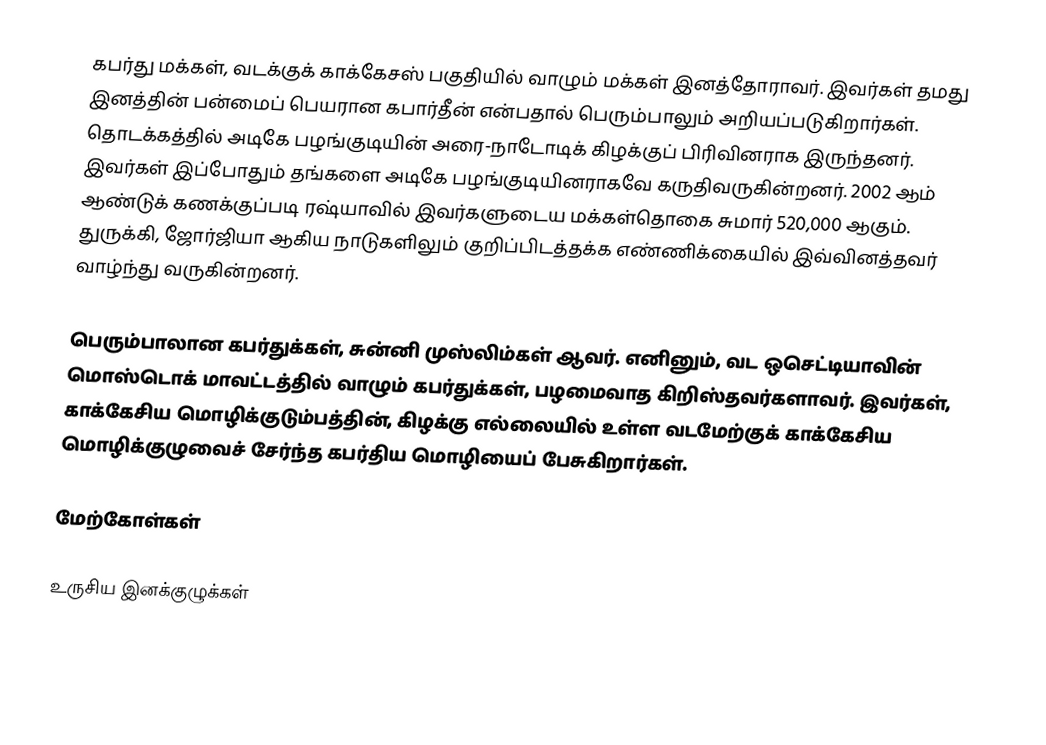
கபர்து மக்கள், வடக்குக் காக்கேசஸ் பகுதியில் வாழும் மக்கள் இனத்தோராவர். இவர்கள் தமது இனத்தின் பன்மைப் பெயரான கபார்தீன் என்பதால் பெரும்பாலும் அறியப்படுகிறார்கள். தொடக்கத்தில் அடிகே பழங்குடியின் அரை-நாடோடிக் கிழக்குப் பிரிவினராக இருந்தனர். இவர்கள் இப்போதும் தங்களை அடிகே பழங்குடியினராகவே கருதிவருகின்றனர். 2002 ஆம் ஆண்டுக் கணக்குப்படி ரஷ்யாவில் இவர்களுடைய மக்கள்தொகை சுமார் 520,000 ஆகும். துருக்கி, ஜோர்ஜியா ஆகிய நாடுகளிலும் குறிப்பிடத்தக்க எண்ணிக்கையில் இவ்வினத்தவர் வாழ்ந்து வருகின்றனர்.

பெரும்பாலான கபர்துக்கள், சுன்னி முஸ்லிம்கள் ஆவர். எனினும், வட ஒசெட்டியாவின் மொஸ்டொக் மாவட்டத்தில் வாழும் கபர்துக்கள், பழமைவாத கிறிஸ்தவர்களாவர். இவர்கள், காக்கேசிய மொழிக்குடும்பத்தின், கிழக்கு எல்லையில் உள்ள வடமேற்குக் காக்கேசிய மொழிக்குழுவைச் சேர்ந்த கபர்திய மொழியைப் பேசுகிறார்கள்.

மேற்கோள்கள்

உருசிய இனக்குழுக்கள்